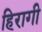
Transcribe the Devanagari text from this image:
हिरागी